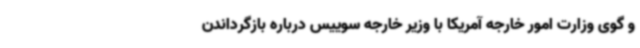
و گوی وزارت امور خارجه آمریکا با وزیر خارجه سوییس درباره بازگرداندن